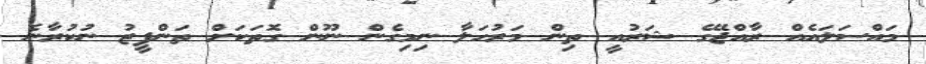
މައްސަލައެއް ރާއްޖޭގެ ޝަރުއީ ތިން މަރުހަލާ ނިމިގެން ނޫން ގޮތަކަށް ތަންފީޒު ނުކުރާނެ